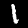
Label: 1